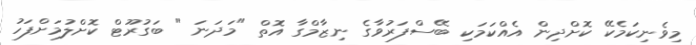
މިވެނިކަމެކޭ ކޮށްދިން އެއްކަމަކި ބޭސްފަރުވާގެ ނިޒާމްގާ އޮތް "މަދަނަ " ބަގުރޫޓް ކޮށްލުމަށްފަހު